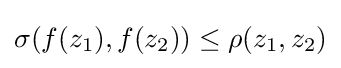
\sigma (f(z_{1}),f(z_{2}))\leq \rho (z_{1},z_{2})